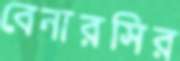
বেনারসির